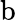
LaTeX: \mathrm{b}